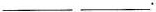
___ ___ .